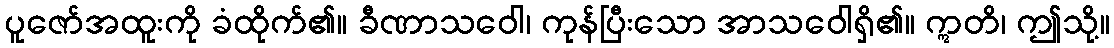
ပူဇော်အထူးကို ခံထိုက်၏။ ခီဏာသဝေါ၊ ကုန်ပြီးသော အာသဝေါရှိ၏။ ဣတိ၊ ဤသို့။